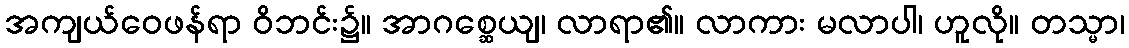
အကျယ်ဝေဖန်ရာ ဝိဘင်း၌။ အာဂစ္ဆေယျ၊ လာရာ၏။ လာကား မလာပါ၊ ဟူလို။ တသ္မာ၊